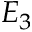
E _ { 3 }